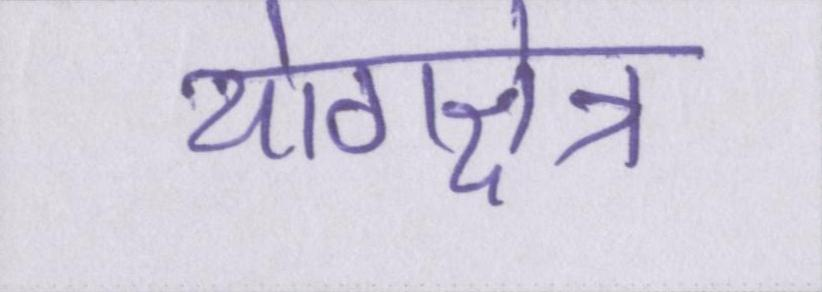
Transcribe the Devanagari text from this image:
योगक्षेत्र